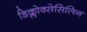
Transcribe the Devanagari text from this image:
डिक्लोक्सेसिलिन